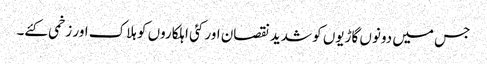
جس میں دونوں گاڑیوں کو شدید نقصان اور کئی اہلکاروں کو ہلاک اور زخمی کئے۔